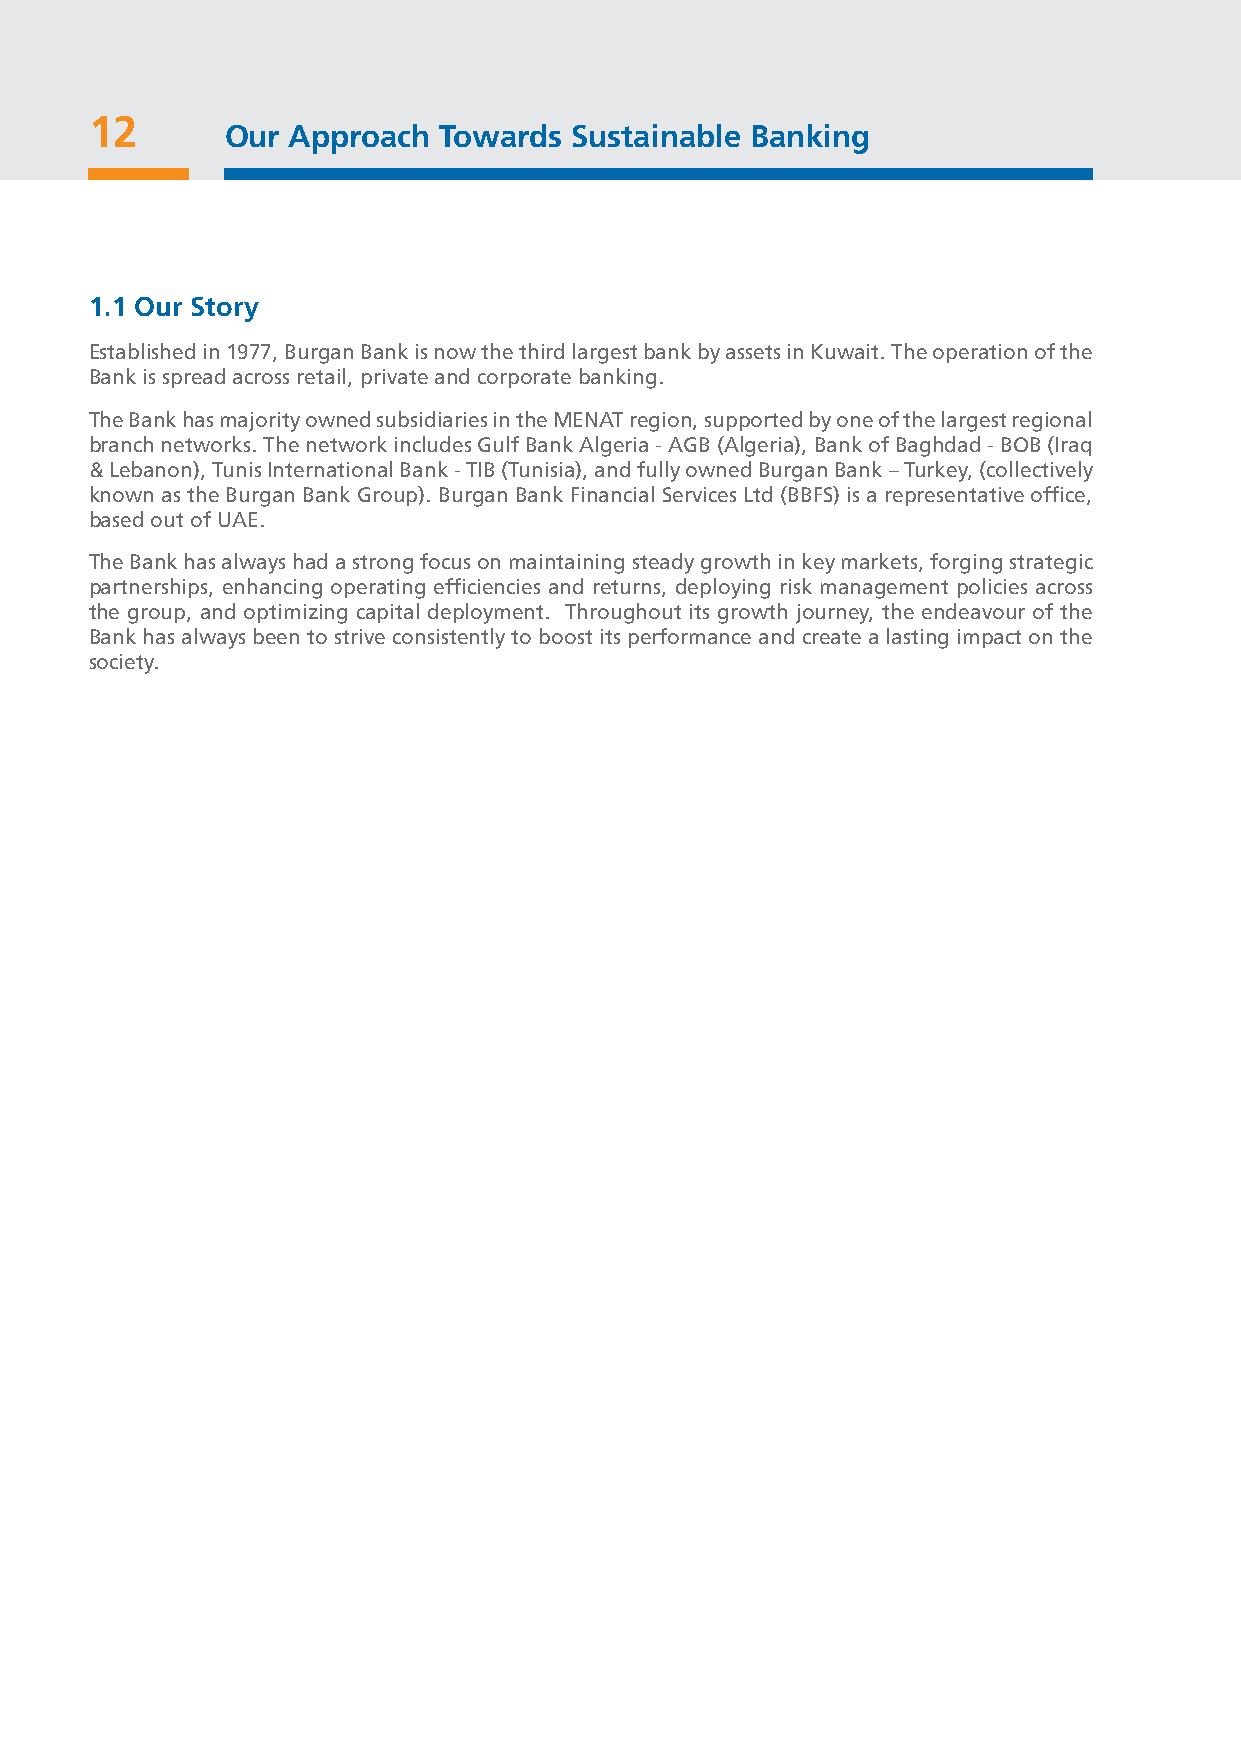
12
 Our Approach  Towards  Sustainable Banking
 1.1 Our Story
 Established in 1977, Burgan Bank is now the third largest bank by assets in Kuwait. The operation of the
 Bank is spread across retail, private and corporate banking.
 The Bank has majority owned subsidiaries in the MENAT region, supported by one of the largest regional
 branch networks. The network includes Gulf Bank Algeria - AGB (Algeria), Bank of Baghdad - BOB (Iraq
 & Lebanon), Tunis International Bank - TIB (Tunisia), and fully owned Burgan Bank – Turkey, (collectively
 known as the Burgan Bank Group). Burgan Bank Financial Services Ltd (BBFS) is a representative office,
 based out of UAE.
 The Bank has always had a strong focus on maintaining steady growth in key markets, forging strategic
 partnerships, enhancing operating efficiencies and returns, deploying risk management policies across
 the group, and optimizing capital deployment. Throughout its growth journey, the endeavour of the
 Bank has always been to strive consistently to boost its performance and create a lasting impact on the
 society.